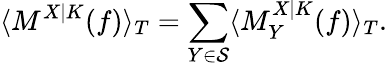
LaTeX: \langle M^{X|K}(f)\rangle_{T}=\sum_{Y\in\mathcal{S}}\langle M_{Y}^{X|K}(f)\rangle_{T}.